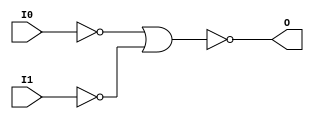
// $Header: /devl/xcs/repo/env/Databases/CAEInterfaces/verunilibs/s/NOR2B2.v,v 1.8.22.1 2003/11/18 20:41:37 wloo Exp $

/*

FUNCTION	: 2-INPUT NOR GATE

*/

`timescale  100 ps / 10 ps


module NOR2B2 (O, I0, I1);

    output O;

    input  I0, I1;

    not N1 (i1_inv, I1);
    not N0 (i0_inv, I0);
    nor O1 (O, i0_inv, i1_inv);

    specify
	(I0 *> O) = (0, 0);
	(I1 *> O) = (0, 0);
    endspecify

endmodule